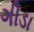
ગીડા